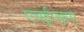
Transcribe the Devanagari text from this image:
एचईएसए